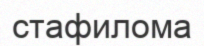
стафилома